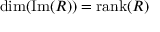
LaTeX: \mathrm { d i m ( I m } ( R ) ) = \mathrm { r a n k } ( R )